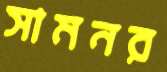
সামনর